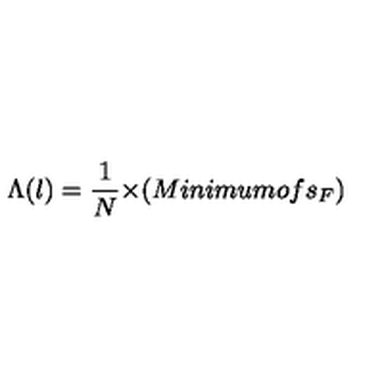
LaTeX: { \Lambda } ( l ) = \frac { 1 } { N } { \times } ( M i n i m u m o f s _ { F } )